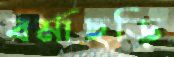
বর্মাছড়ি